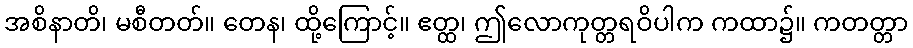
အစိနာတိ၊ မစီတတ်။ တေန၊ ထို့ကြောင့်။ ဧတ္ထ၊ ဤလောကုတ္တရဝိပါက ကထာ၌။ ကတတ္တာ